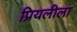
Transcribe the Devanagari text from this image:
प्रियलीला